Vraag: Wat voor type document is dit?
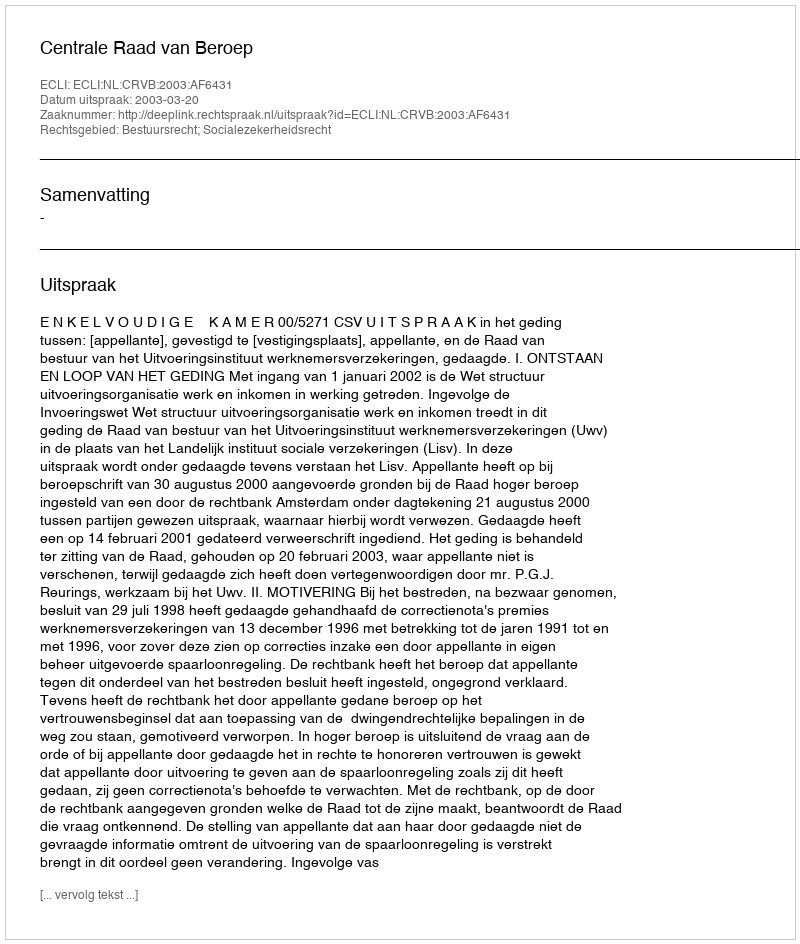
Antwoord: Uitspraak